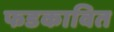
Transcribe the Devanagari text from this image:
फडकावित